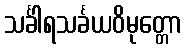
သင်္ခါရသင်္ခယဝိမုတ္တော